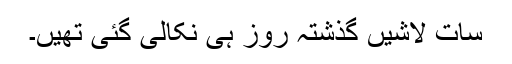
سات لاشیں گذشتہ روز ہی نکالی گئی تھیں۔